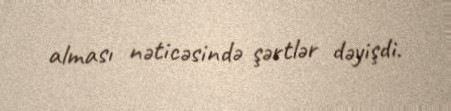
alması nəticəsində şərtlər dəyişdi.